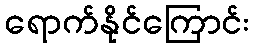
ရောက်နိုင်ကြောင်း